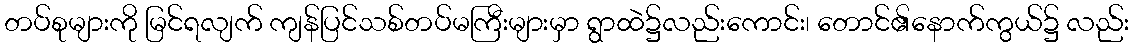
တပ်စုများကို မြင်ရလျက် ကျန်ပြင်သစ်တပ်မကြီးများမှာ ရွာထဲ၌လည်းကောင်း၊ တောင်၏နောက်ကွယ်၌ လည်း